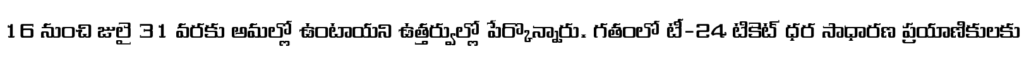
16 నుంచి జులై 31 వరకు అమల్లో ఉంటాయని ఉత్తర్వుల్లో పేర్కొన్నారు. గతంలో టీ-24 టికెట్ ధర సాధారణ ప్రయాణికులకు